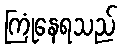
ကြုံနေရသည်